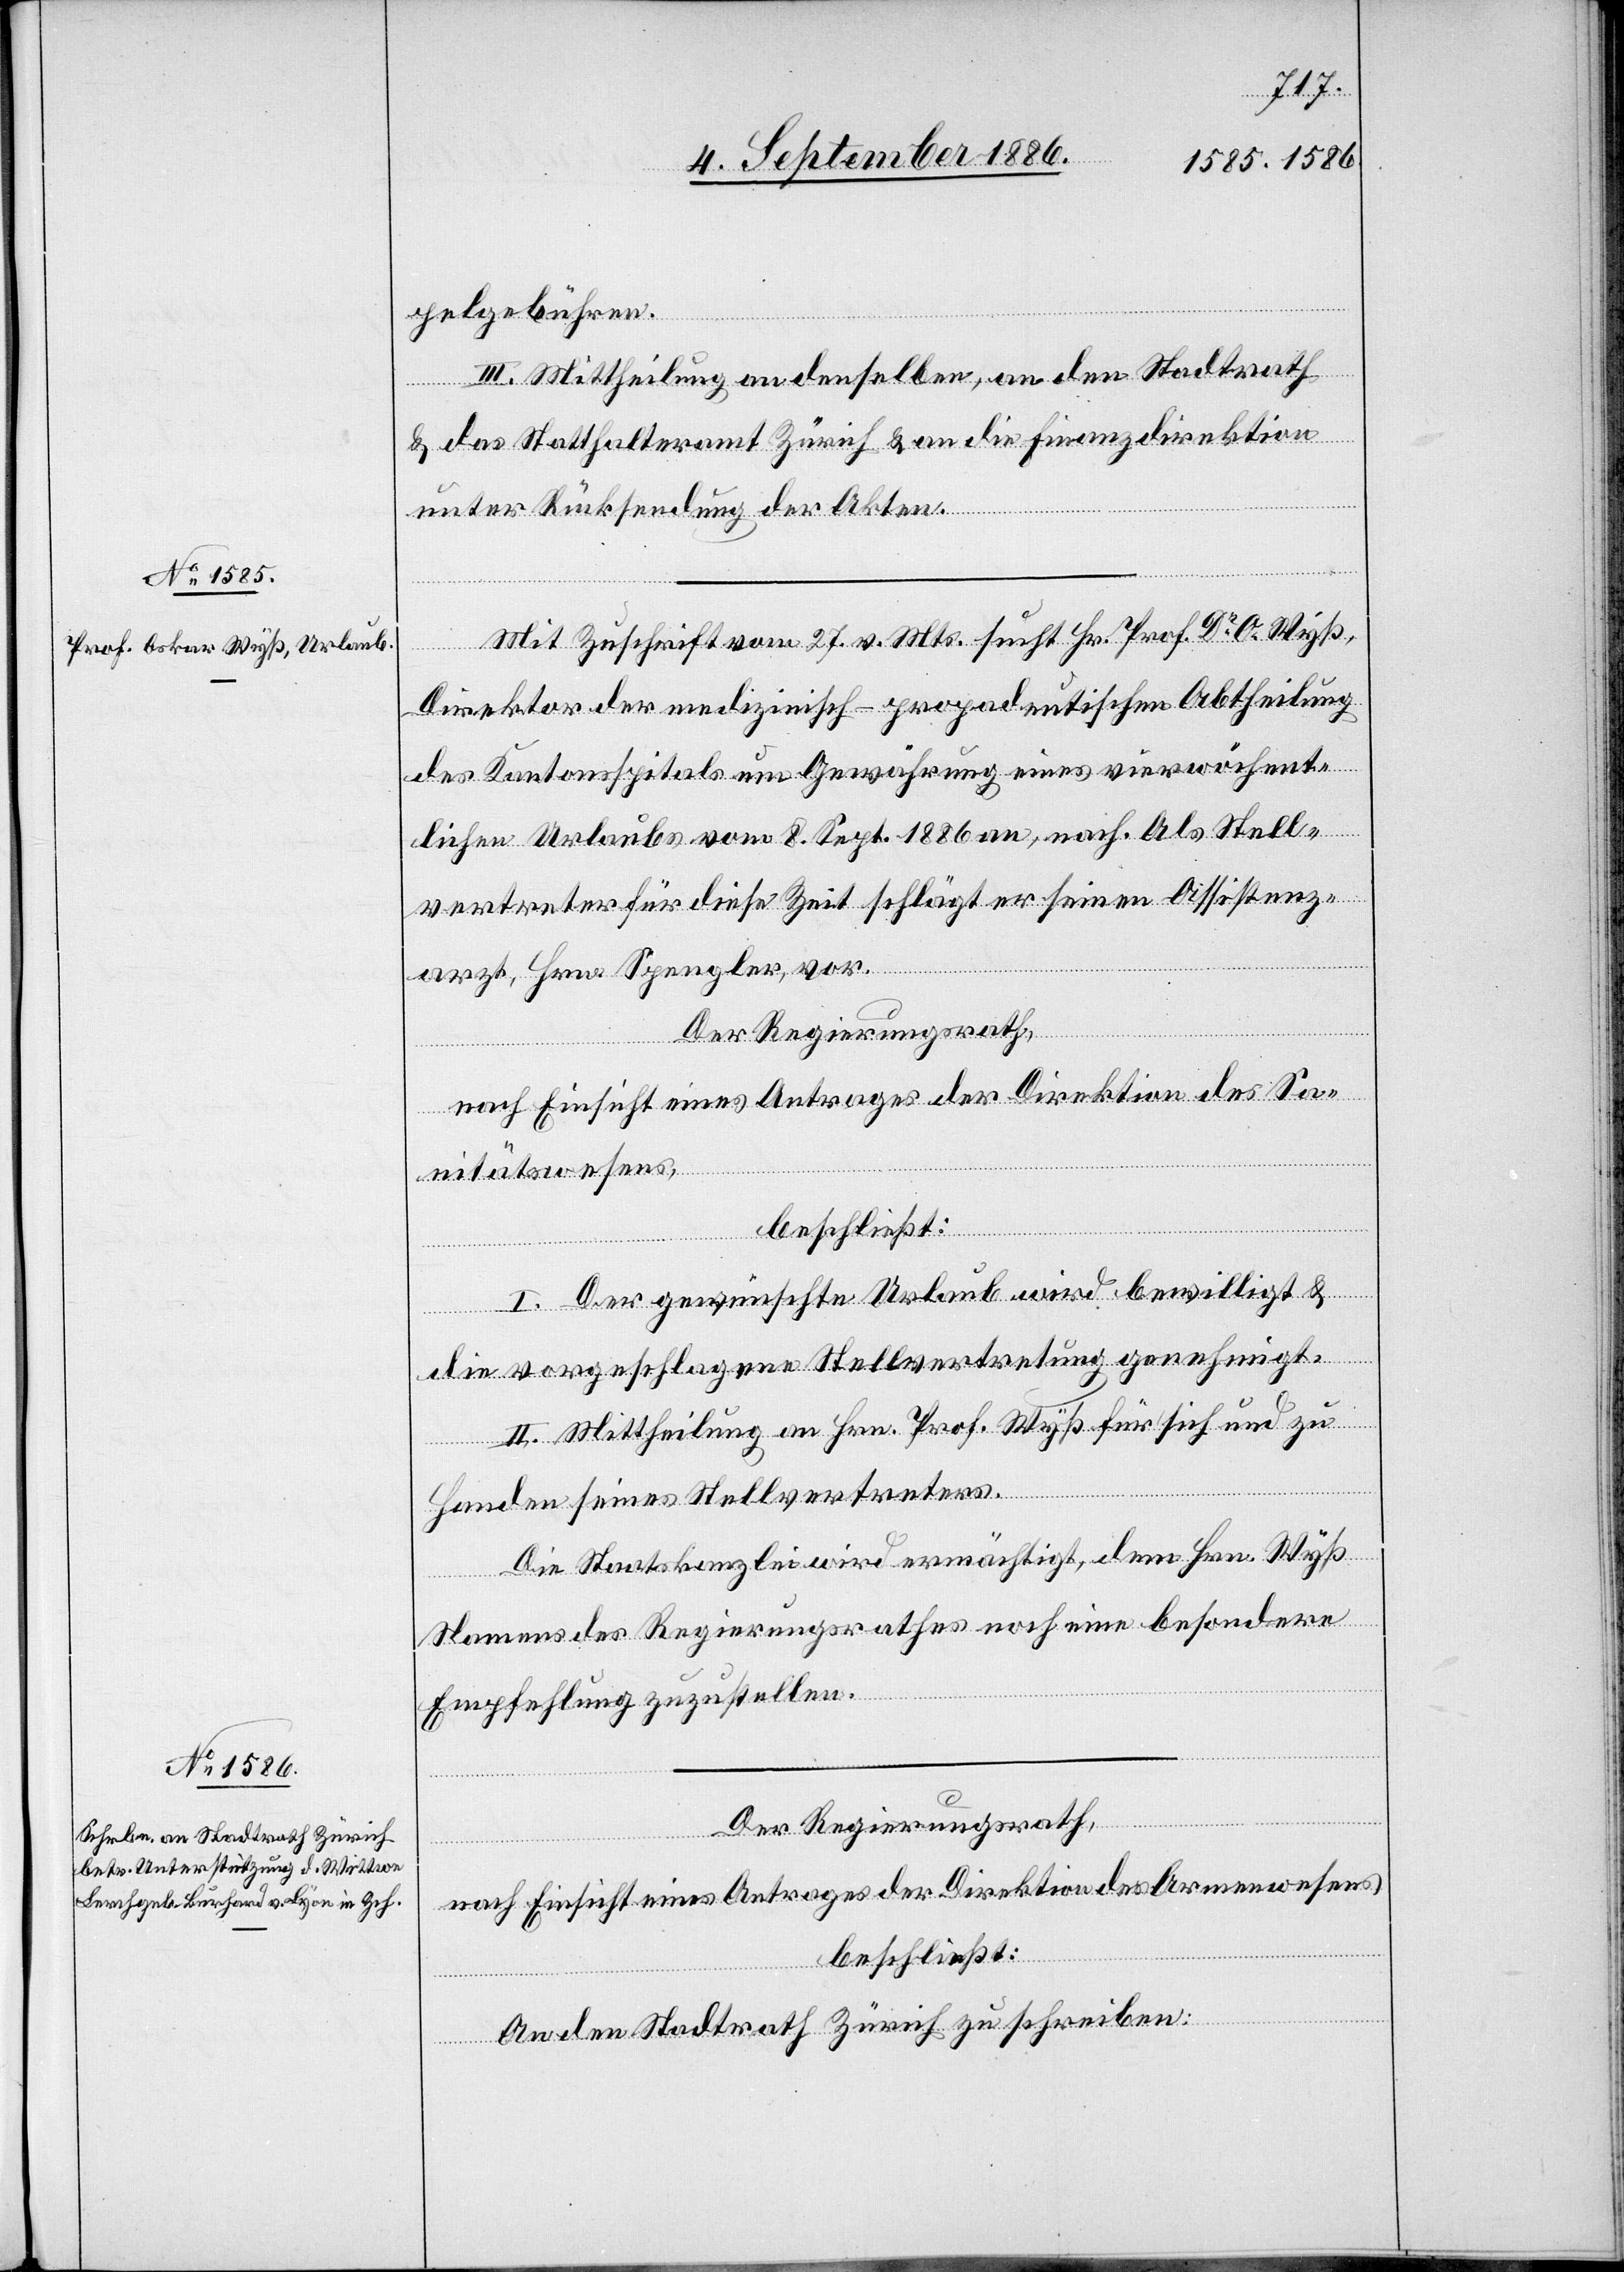
pelgebühren.
III. Mittheilung an denselben, an den Stadtrath
& das Statthalteramt Zürich & an die Finanzdirektion
unter Rücksendung der Akten.
Mit Zuschrift vom 27. v. Mts. sucht Hr. Prof. Dr O. Wyß,
Direktor der medizinisch-propadeutischen [sic!] Abtheilung
des Kantonsspitals um Gewährung eines vierwöchigen
vertreter für diese Zeit schlägt er seinen Assistenz¬
arzt, Hrn. Spengler, vor.
Der Regierungsrath,
nach Einsicht eines Antrages der Direktion des Sa¬
nach.
nitätswesens,
beschließt:
I. Der gewünschte Urlaub wird bewilligt &
Stell¬
die vorgeschlagene Stellvertretung genehmigt.
II. Mittheilung an Hrn. Prof. Wyß für sich und zu
an,
Handen seines Stellvertreters.
Die Staatskanzlei wird ermächtigt, dem Hrn. Wyß
Namens des Regierungsrathes noch eine besondere
Empfehlung zuzustellen.
Der Regierungsrath,
nach Einsicht eines Antrages der Direktion des Armenwesens,
beschließt:
An den Stadtrath Zürich zu schreiben: